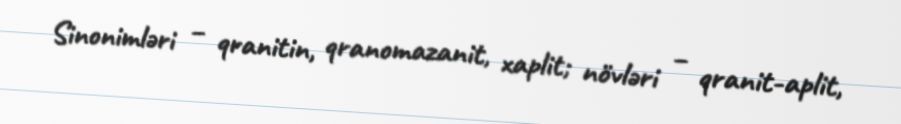
Sinonimləri – qranitin, qranomazanit, xaplit; növləri – qranit-aplit,